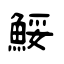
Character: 鮾